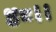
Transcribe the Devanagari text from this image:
४८।।